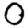
Digit: 0